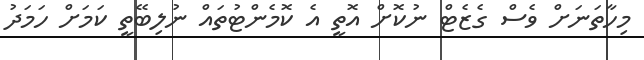
މިހާތަނަށް ވެސް ގެޒެޓް ނުކޮށް އޮތީ އެ ކޮމެންޓުތައް ނުލިބޭތީ ކަމަށް ހަމަދު